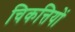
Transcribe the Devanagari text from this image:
चिकत्तियों